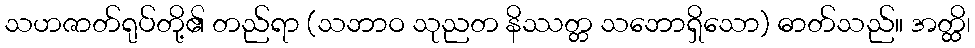
သဟဇာတ်ရုပ်တို့၏ တည်ရာ (သဘာဝ သုညတ နိဿတ္တ သဘောရှိသော) ဓာတ်သည်။ အတ္ထိ၊